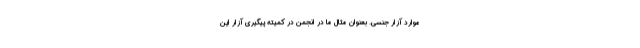
موارد آزار جنسی. بعنوان مثال ما در انجمن در کمیته پیگیری آزار این